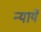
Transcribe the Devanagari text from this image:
न्यायें